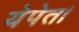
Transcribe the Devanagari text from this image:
येपेत।